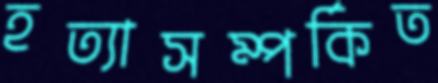
হত্যাসম্পর্কিত